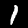
Label: 1